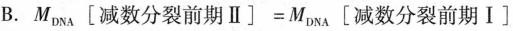
B.$$M _ { D N A } \left [ 减 数 分 裂 前 期 Ⅱ \right ] = M _ { D N A } \left [ 减 数 分 裂 前 期 Ⅰ\right ]$$